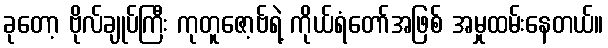
ခုတော့ ဗိုလ်ချုပ်ကြီး ကုတူဇော့ဗ်ရဲ့ ကိုယ်ရံတော်အဖြစ် အမှုထမ်းနေတယ်။